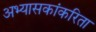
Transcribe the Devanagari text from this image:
अभ्यासकांकरिता